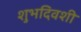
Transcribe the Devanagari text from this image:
शुभदिवशी